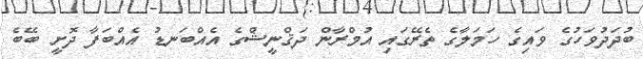
ބުދަދުވަހުގެ ވައިގެ ހަމަލާގެ ތެރޭގައި އުމްރާން ދަޤްނީޝްގެ އެއްބަނޑު އެއްބަފާ ދޮށީ ބޭބެ